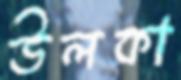
উলকা